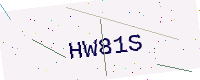
Text: HW81S